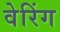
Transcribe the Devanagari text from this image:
वेरिंग